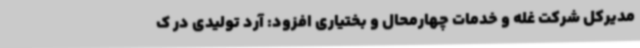
مدیرکل شرکت غله و خدمات چهارمحال و بختیاری افزود: آرد تولیدی در ک